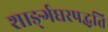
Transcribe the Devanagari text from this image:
शाङ्‌र्गघरपद्धति